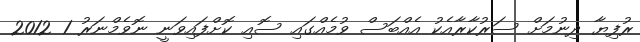
ރުފިޔާ ދިނުމަށް ސަރުކާރާއެކު އެއްބަސް ވުމެއްގައި ސޮއި ކޮށްފައިވަނީ ނޮވެމްނަރު 1 2012